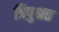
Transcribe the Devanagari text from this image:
त्रिपुश्रत